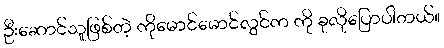
ဦးဆောင်သူဖြစ်တဲ့ ကိုမောင်မောင်လွင်က ကို ခုလိုပြောပါတယ်။